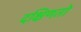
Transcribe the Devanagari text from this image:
दक्षिणतो